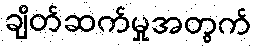
ချိတ်ဆက်မှုအတွက်